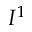
I ^ { 1 }